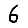
Digit: 6